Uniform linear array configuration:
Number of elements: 24
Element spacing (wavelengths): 1
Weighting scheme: cosine
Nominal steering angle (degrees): -15
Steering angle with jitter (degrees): -14.426
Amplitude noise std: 0.05
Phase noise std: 0.05

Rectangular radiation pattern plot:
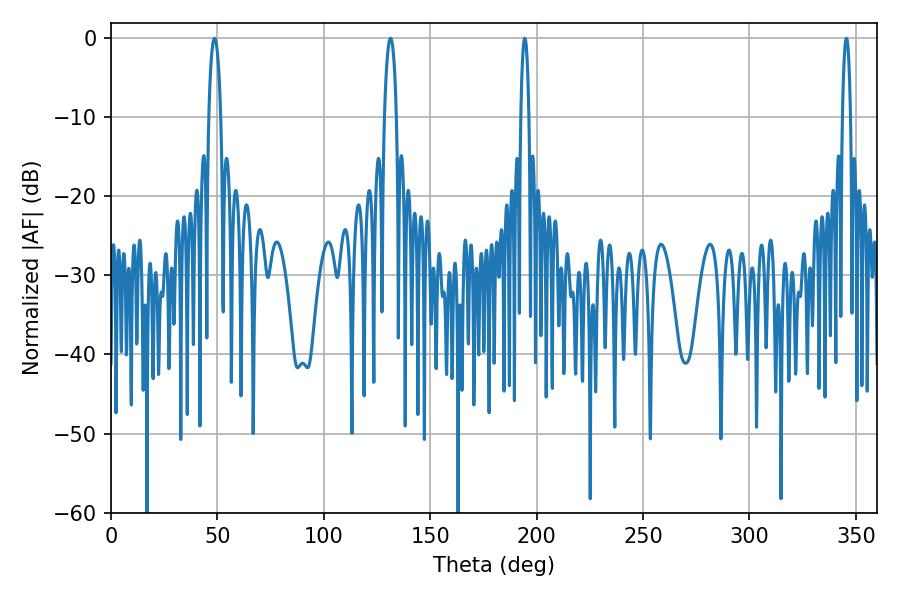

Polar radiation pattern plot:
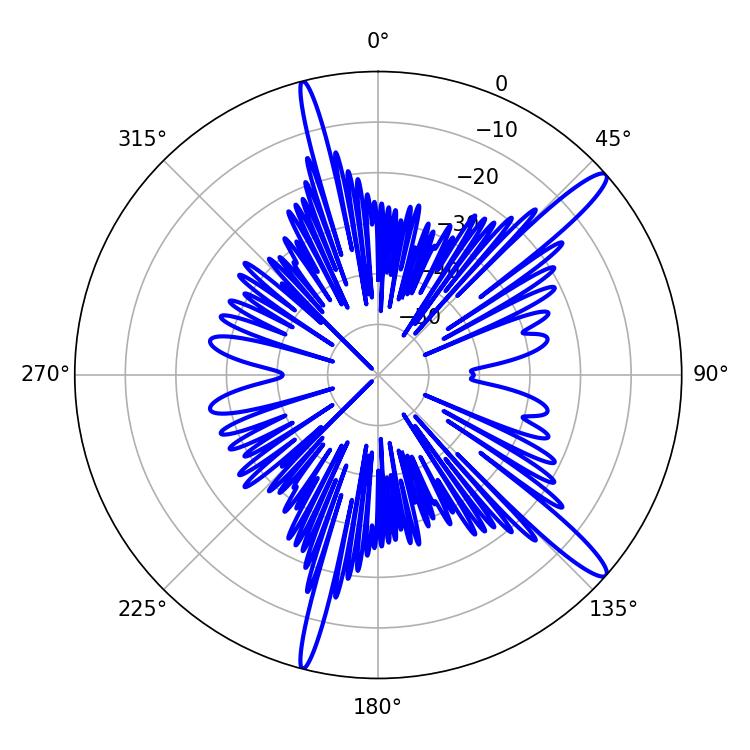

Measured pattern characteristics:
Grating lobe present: TRUE
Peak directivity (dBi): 14.385
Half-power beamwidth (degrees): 2.16
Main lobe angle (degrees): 194.4